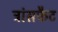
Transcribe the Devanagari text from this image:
ट्रांसफैट